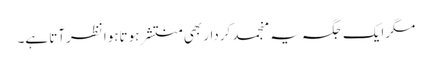
مگرایک جگہ یہ منجمد کردار بھی منتشر ہوتاہوا نظرآتا ہے۔